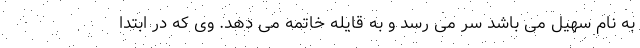
به نام سهیل می باشد سر می رسد و به قایله خاتمه می دهد. وی که در ابتدا